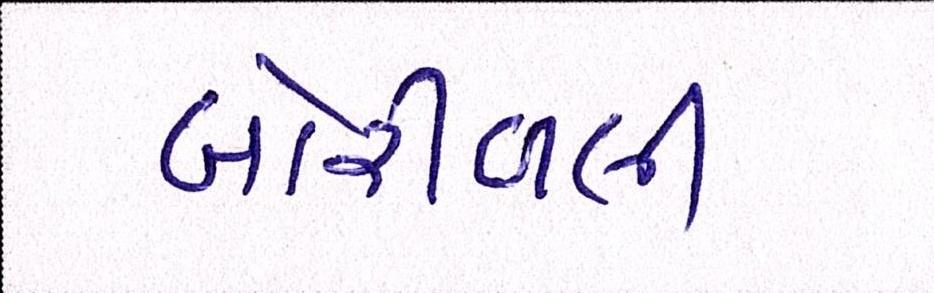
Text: બોરીવલી